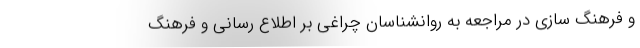
و فرهنگ سازی در مراجعه به روانشناسان چراغی بر اطلاع رسانی و فرهنگ